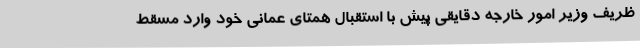
ظریف وزیر امور خارجه دقایقی پیش با استقبال همتای عمانی خود وارد مسقط